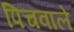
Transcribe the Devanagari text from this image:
पिचवाले